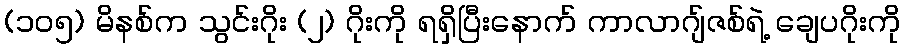
(၁၀၅) မိနစ်က သွင်းဂိုး (၂) ဂိုးကို ရရှိပြီးနောက် ကာလာဂျ်ဇစ်ရဲ့ ချေပဂိုးကို